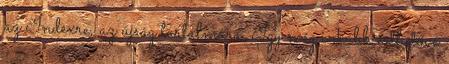
az Indexre, az újság tartalmára. Így még inkább érthetővé